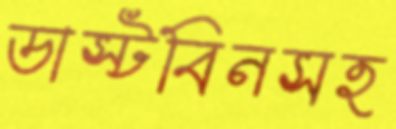
ডাস্টবিনসহ